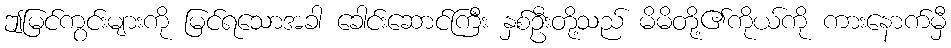
ဤမြင်ကွင်းများကို မြင်ရသောအခါ ခေါင်းဆောင်ကြီး နှစ်ဦးတို့သည် မိမိတို့၏ကိုယ်ကို ကားနောက်မှီ